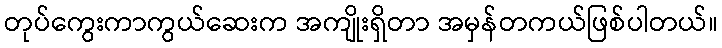
တုပ်ကွေးကာကွယ်ဆေးက အကျိုးရှိတာ အမှန်တကယ်ဖြစ်ပါတယ်။